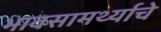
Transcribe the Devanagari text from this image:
भावसामर्थ्याचे